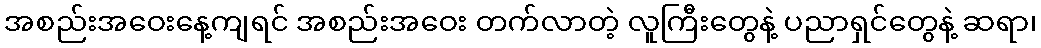
အစည်းအဝေးနေ့ကျရင် အစည်းအဝေး တက်လာတဲ့ လူကြီးတွေနဲ့ ပညာရှင်တွေနဲ့ ဆရာ၊